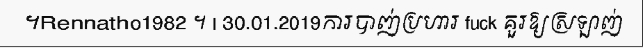
។Rennatho1982 ។ | 30.01.2019ការបាញ់ប្រហារ fuck គួរឱ្យស្រឡាញ់